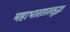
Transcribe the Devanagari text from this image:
महाभारतातसुद्धा